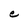
Character: e